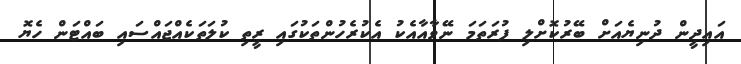
އައިދީން ދުނިޔެއަށް ބޭރުކޮށްލި ފުރަތަމަ ނޭވާއާއެކު އެކުރެހުންތަކުގައި ރީތި ކުލަތަކެއްޖައްސައި ބައްޓަން ހެޔޮ